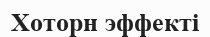
Хоторн эффекті